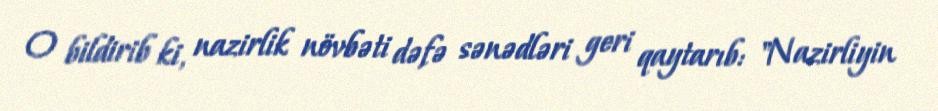
O bildirib ki, nazirlik növbəti dəfə sənədləri geri qaytarıb: "Nazirliyin